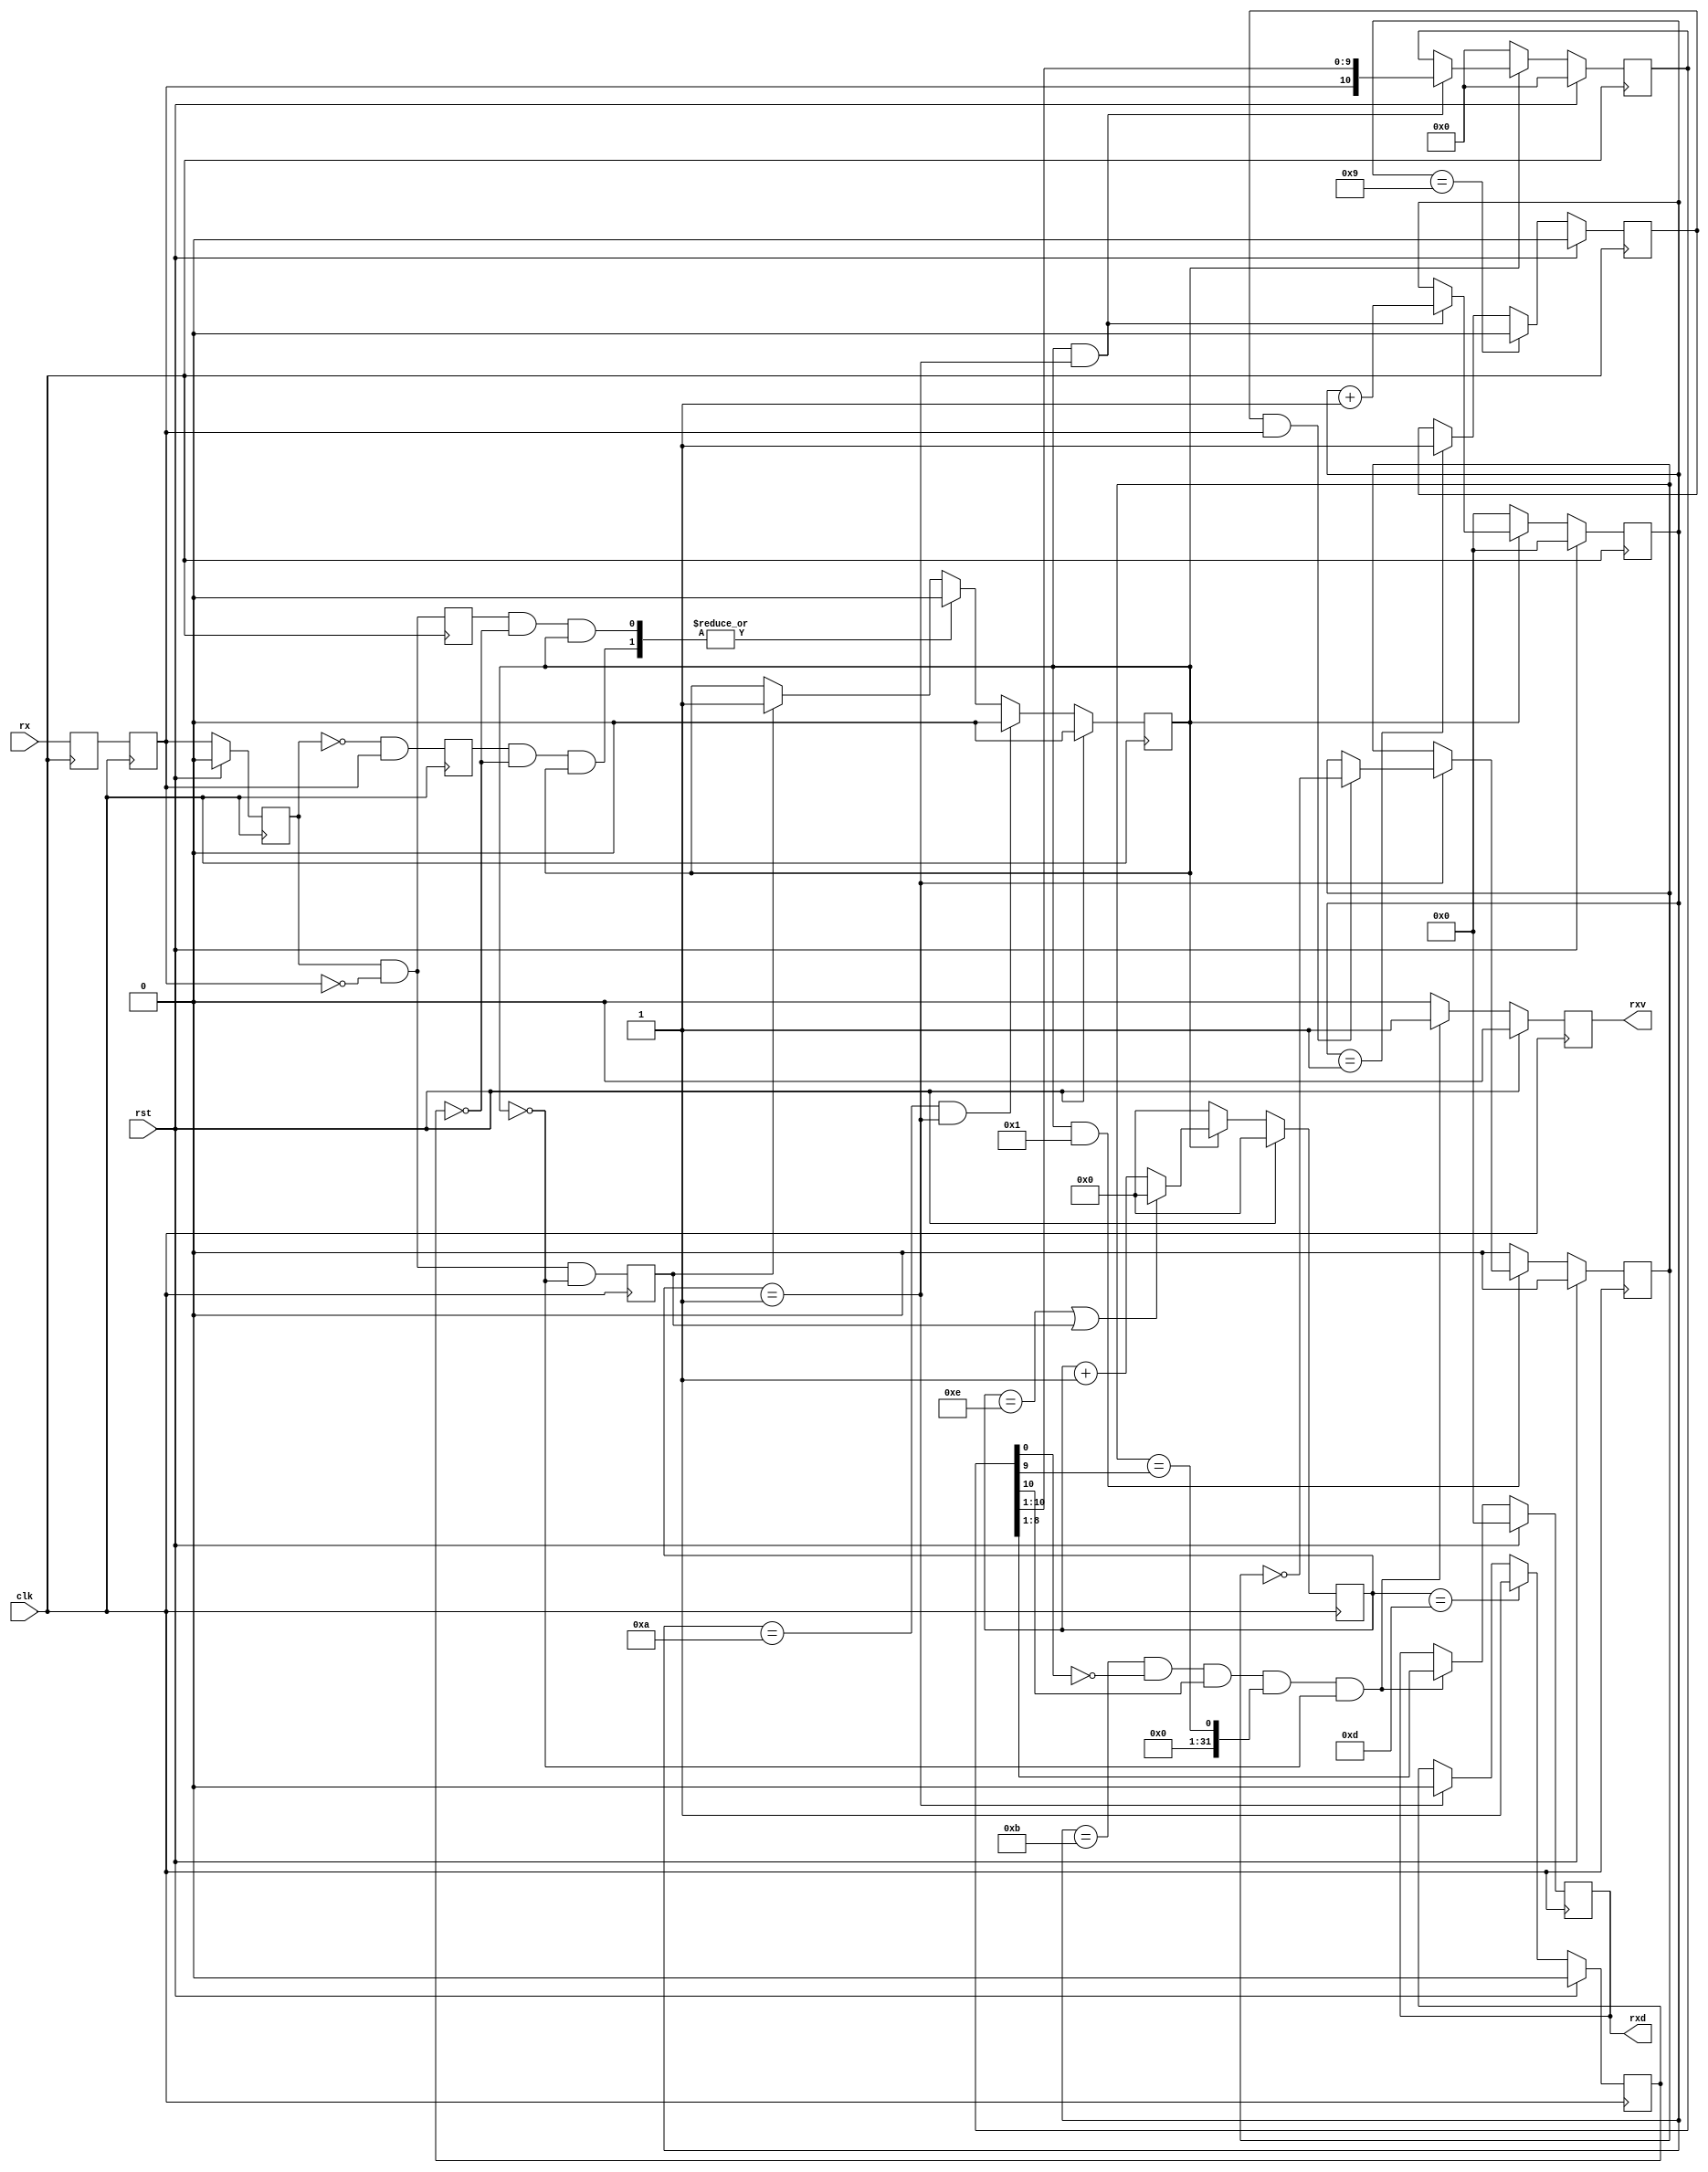

`timescale 1ns / 1ps

module uart_rx #
(
    parameter DATA_WIDTH = 8,      // actual data length 
    parameter STOP_BITS  = 1,      // number of stop bits ( can be any number )
    parameter PARITY     = 1,      // enable parity?
    parameter EVEN       = 1,      // '1' for even, '0' for odd
    parameter PRESCALER  = 15,     // prescaler. symbol frequency is calculated as clk/PRESCALER. can be any number >=4
    parameter LATCH_TOLERANCE = 1  // set +/- tolerance where line transitions are acceptable (measured in clk ticks)
)
(
    input wire clk,
    input wire rst,
	input wire rx,
	
	output reg [DATA_WIDTH-1:0] rxd,
	output reg                  rxv
);

parameter WIDTH = DATA_WIDTH+STOP_BITS+PARITY;

reg [$clog2(PRESCALER)-1:0] psk_ctr;

reg           rx_prev; 
reg           active;   // rx active signal
reg           rx_val;   // when high, RX level change is expected
reg [WIDTH:0] shiftreg; // the shift register where incoming data is loaded, including parity and stop bits
reg [7:0]     bit_ctr;
reg           start;     // 1 clock tick long signal corresponding to a start condition
reg           rx_sync;  // syncronyzed rx signal ( this is actually used ) ,
reg           parity_en;
reg           parity_bit;

// input synchronyzer

reg rx_sync1;
always @ (posedge clk) begin
	rx_sync1 <= rx;
	rx_sync  <= rx_sync1;
end

// previous rx line state
always @ (posedge clk) begin
	if (rst) rx_prev <= 0;
	else rx_prev <= rx_sync;
end

// latch data into shift reg
always @ (posedge clk) begin
	if (rst) begin 
		bit_ctr  <= 0;
		shiftreg <= 0;
	end
	else begin 
		if (active && (psk_ctr == LATCH_TOLERANCE)) begin // latch data when rx node should be stable
			shiftreg [WIDTH:0] <= {rx_sync, shiftreg[WIDTH:1]};
			bit_ctr <= bit_ctr + 1; // increment bit counter every write to shiftreg
		end
		if (!active) begin 
			bit_ctr  <= 0; // if by some reason active state is deasserted (end or error), reset the bit counter
			shiftreg <= 0;
		end
	end
end

// generate rx_val to set limits on where rx state transactions may occur
always @ (posedge clk) begin
	if (rst) begin 
		rx_val <= 1'b0;
	end
	else if (( psk_ctr == PRESCALER-LATCH_TOLERANCE-1)) begin // tolerance left of expected transaction time
		rx_val <= 1'b1;
	end
	else if   (psk_ctr == LATCH_TOLERANCE) begin // tolerance right of expected transaction time
		rx_val <= 1'b0;
	end
end

// parity is calculated for data only

always @ (posedge clk) begin
	if (rst) begin
		parity_en <= 1'b0;
	end
	else if (PARITY) begin
		if (bit_ctr == 1)              parity_en <= 1'b1;
		if (bit_ctr == DATA_WIDTH + 1) parity_en <= 1'b0;
	end
end


always @ (posedge clk) begin
	if (rst) begin
		parity_bit <= !EVEN;
	end
	else if (active && PARITY) begin
		if (psk_ctr == LATCH_TOLERANCE) parity_bit <= ( parity_en && rx_sync ) ? !parity_bit : parity_bit;
	end
	else parity_bit <= !EVEN;
end

// 'active' signal generation
wor error;
always @ (posedge clk) begin
	if (rst) active <= 0;
	else begin 
		if (start) active <= 1;                // set to '1' if start condition detected
		if (error) active <= 0;                // set to '0' in case of an error
		if (bit_ctr == WIDTH && psk_ctr == LATCH_TOLERANCE) active <= 0; // set to '0' when rx is done
	end
end

reg rx_negedge;
reg rx_posedge;

always @ (posedge clk) rx_posedge <= (!rx_prev && rx_sync);
always @ (posedge clk) rx_negedge <= (rx_prev && !rx_sync);

// if rx is active and rx line transaction was detected outside of rx_val range, it's considered as a line glitch
assign error = rx_negedge && !rx_val && active;
assign error = rx_posedge && !rx_val && active;

// start condition
always @ (posedge clk) start <= (rx_prev && !rx_sync && !active);

// final stage: latch data to data output reg ( checking that start, parity and stop bits are ok )
always @ (posedge clk) begin
	if (rst) begin
		rxd[7:0] <= 8'h00;
		rxv      <= 1'b0;
	end
	else if (
		(bit_ctr == WIDTH+1) &&                                           // bit counter reached endpoint
		(shiftreg[ 0 ] == 0) &&                                             // start bit was ok
		(&shiftreg [WIDTH:WIDTH-STOP_BITS+1] == 1) &&              // all stop bits are ok
		(PARITY ? (parity_bit == shiftreg[WIDTH-STOP_BITS]) : 1) && // parity was also ok
		!active) begin                                               
			rxd[7:0] <= shiftreg [8:1];
			rxv      <= 1'b1;
	end
	else rxv <= 1'b0;
end

// simple prescaler counter 
always @ (posedge clk) begin
	if (rst) begin
		psk_ctr <= 0;
	end
	else if (active) begin
		if (( psk_ctr == PRESCALER - 1) || start) begin
			psk_ctr <= 0;
		end
		else begin
			psk_ctr <= psk_ctr + 1;
		end
	end
	else psk_ctr <= 0;
end

endmodule